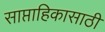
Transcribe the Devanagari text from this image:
साप्ताहिकासाठी